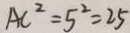
A C ^ { 2 } = 5 ^ { 2 } = 2 5